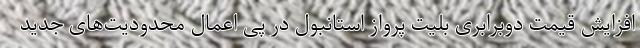
افزایش قیمت دوبرابری بلیت پرواز استانبول در پی اعمال محدودیت‌های جدید